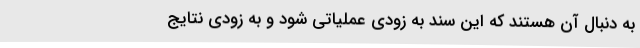
به دنبال آن هستند که این سند به زودی عملیاتی شود و به زودی نتایج